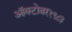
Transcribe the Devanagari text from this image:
ऑक्‍टोबर१९८३